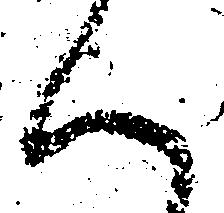
ん